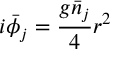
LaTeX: i \bar { \phi } _ { j } = \frac { g \bar { n } _ { j } } { 4 } r ^ { 2 }